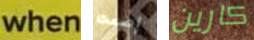
when إصمت كارين